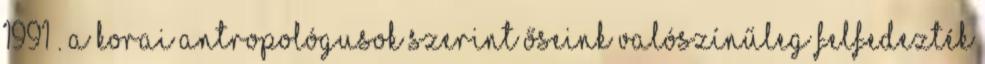
1991 . A korai antropológusok szerint őseink valószínűleg felfedezték